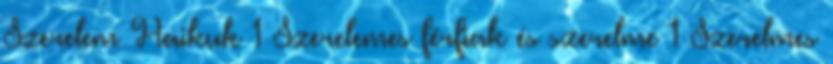
Szerelem Haikuk 1 Szerelemes férfiak és szerelme 1 Szerelmes